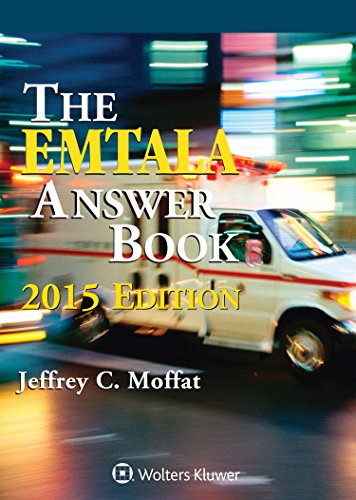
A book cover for EMTALA Answer Book; Jeffrey C. Moffat; Law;